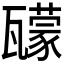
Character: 𤮠